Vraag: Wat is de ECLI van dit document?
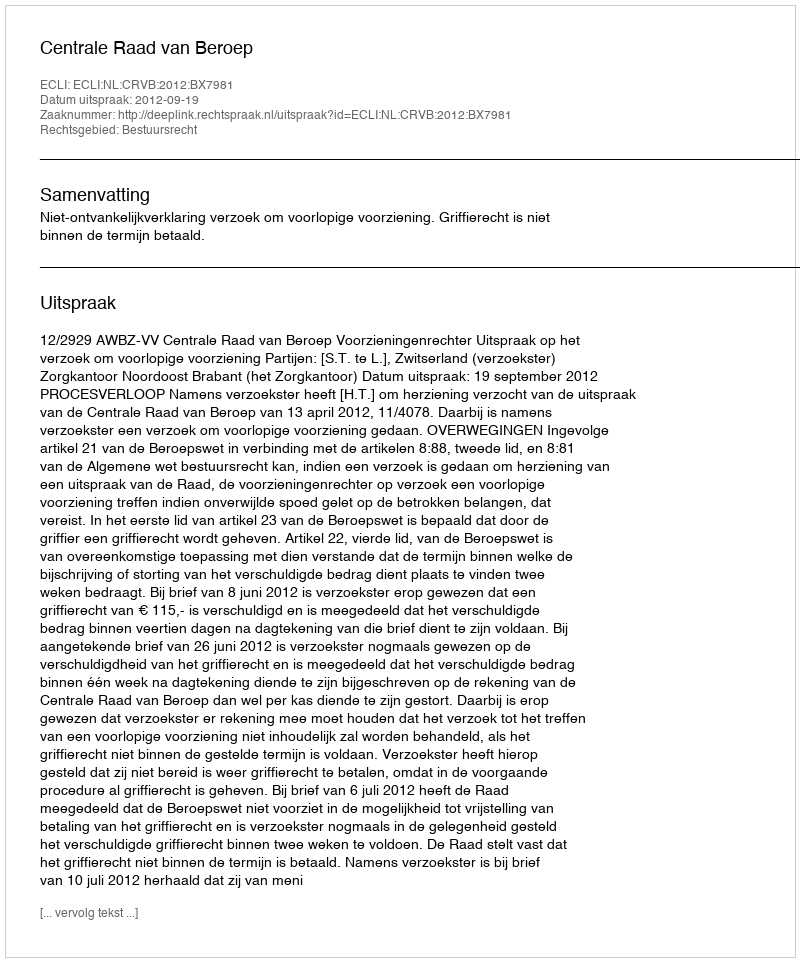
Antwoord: ECLI:NL:CRVB:2012:BX7981